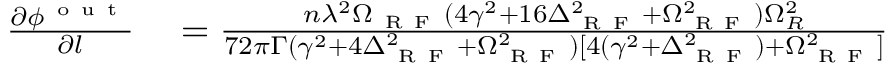
\begin{array} { r l } { \frac { \partial \phi ^ { \mathrm { ~ o ~ u ~ t ~ } } } { \partial l } } & { { } = \frac { n \lambda ^ { 2 } \Omega _ { \mathrm { ~ R ~ F ~ } } ( 4 \gamma ^ { 2 } + 1 6 \Delta _ { \mathrm { ~ R ~ F ~ } } ^ { 2 } + \Omega _ { \mathrm { ~ R ~ F ~ } } ^ { 2 } ) \Omega _ { R } ^ { 2 } } { 7 2 \pi \Gamma ( \gamma ^ { 2 } + 4 \Delta _ { \mathrm { ~ R ~ F ~ } } ^ { 2 } + \Omega _ { \mathrm { ~ R ~ F ~ } } ^ { 2 } ) [ 4 ( \gamma ^ { 2 } + \Delta _ { \mathrm { ~ R ~ F ~ } } ^ { 2 } ) + \Omega _ { \mathrm { ~ R ~ F ~ } } ^ { 2 } ] } } \end{array}